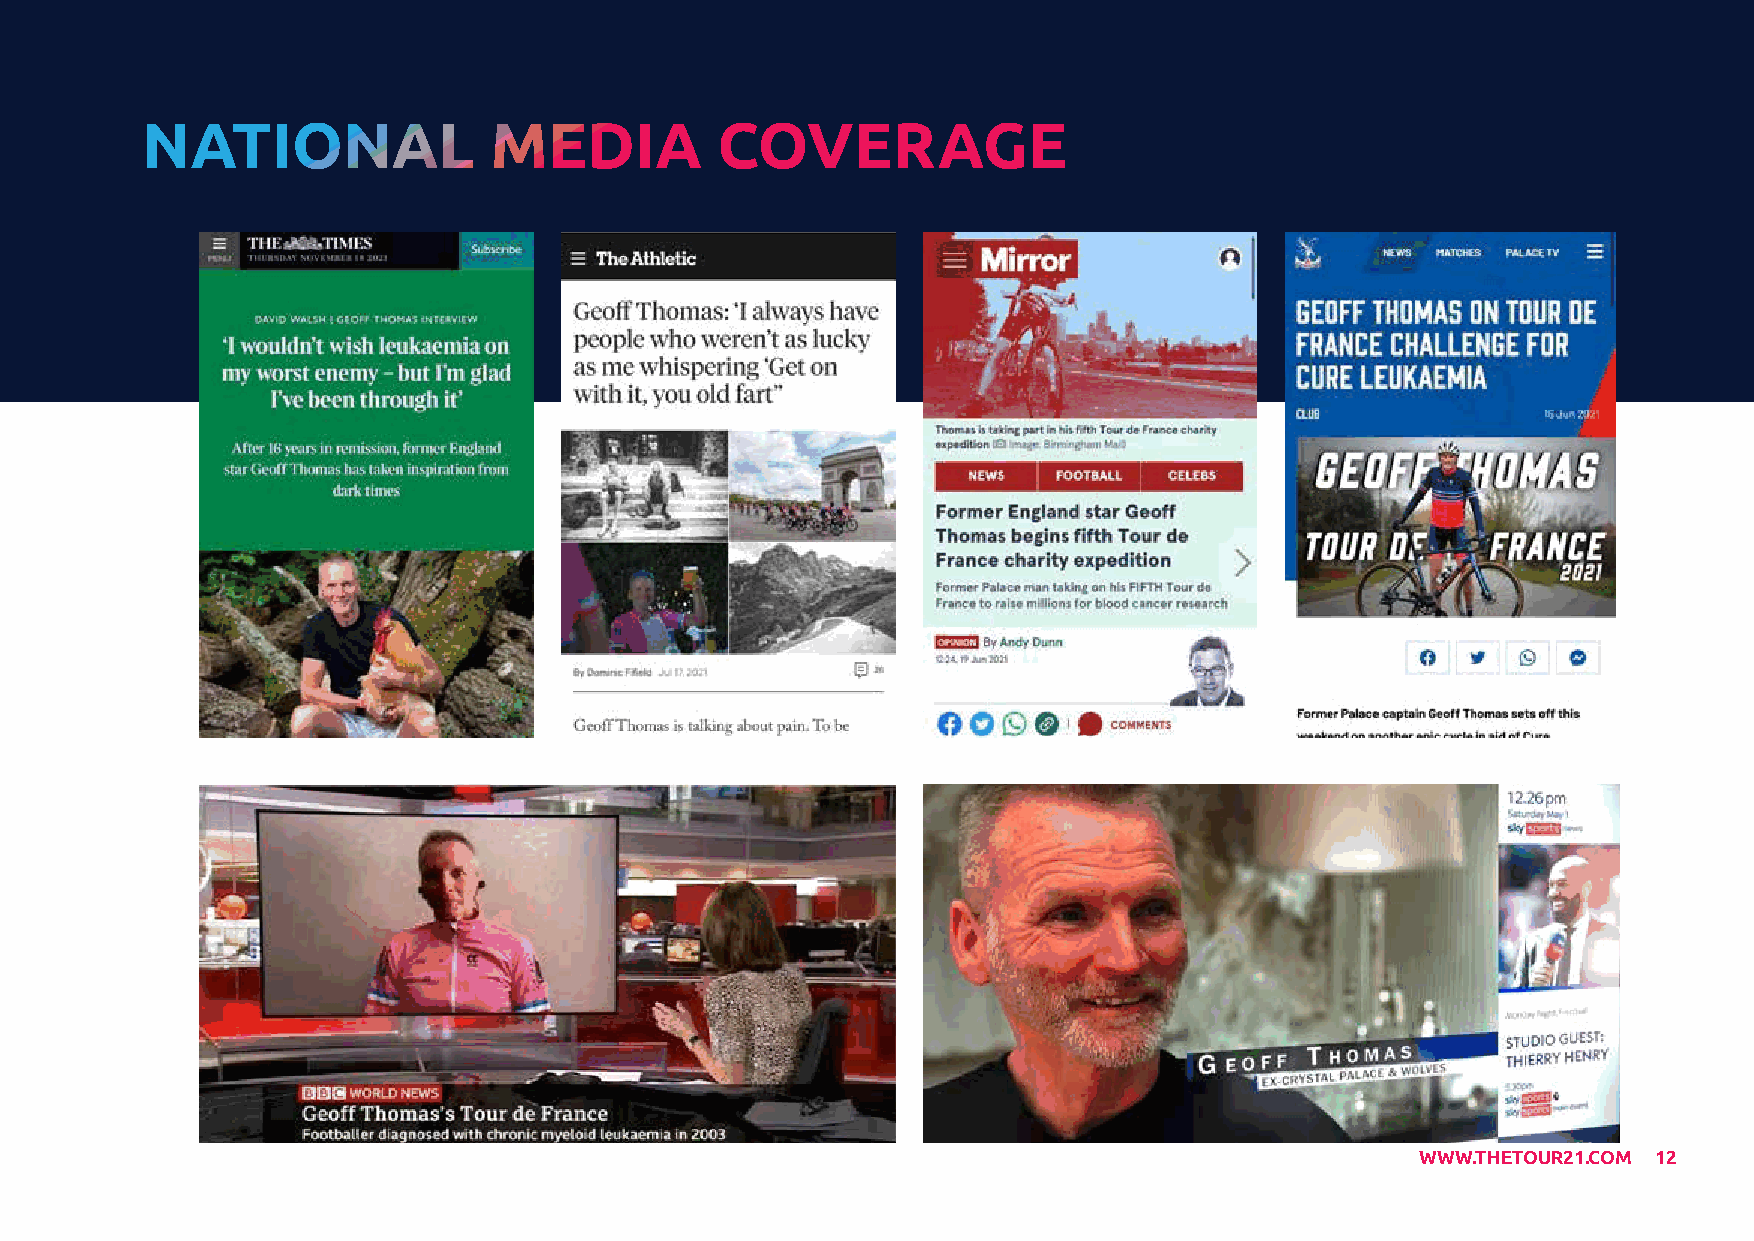
NATIONAL               MEDIA          COVERAGE
 WWW.THETOUR21.COM 12